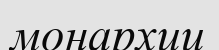
монархии